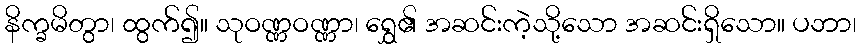
နိက္ခမိတွာ၊ ထွက်၍။ သုဝဏ္ဏဝဏ္ဏာ၊ ရွှေ၏ အဆင်းကဲ့သို့သော အဆင်းရှိသော။ ပဘာ၊